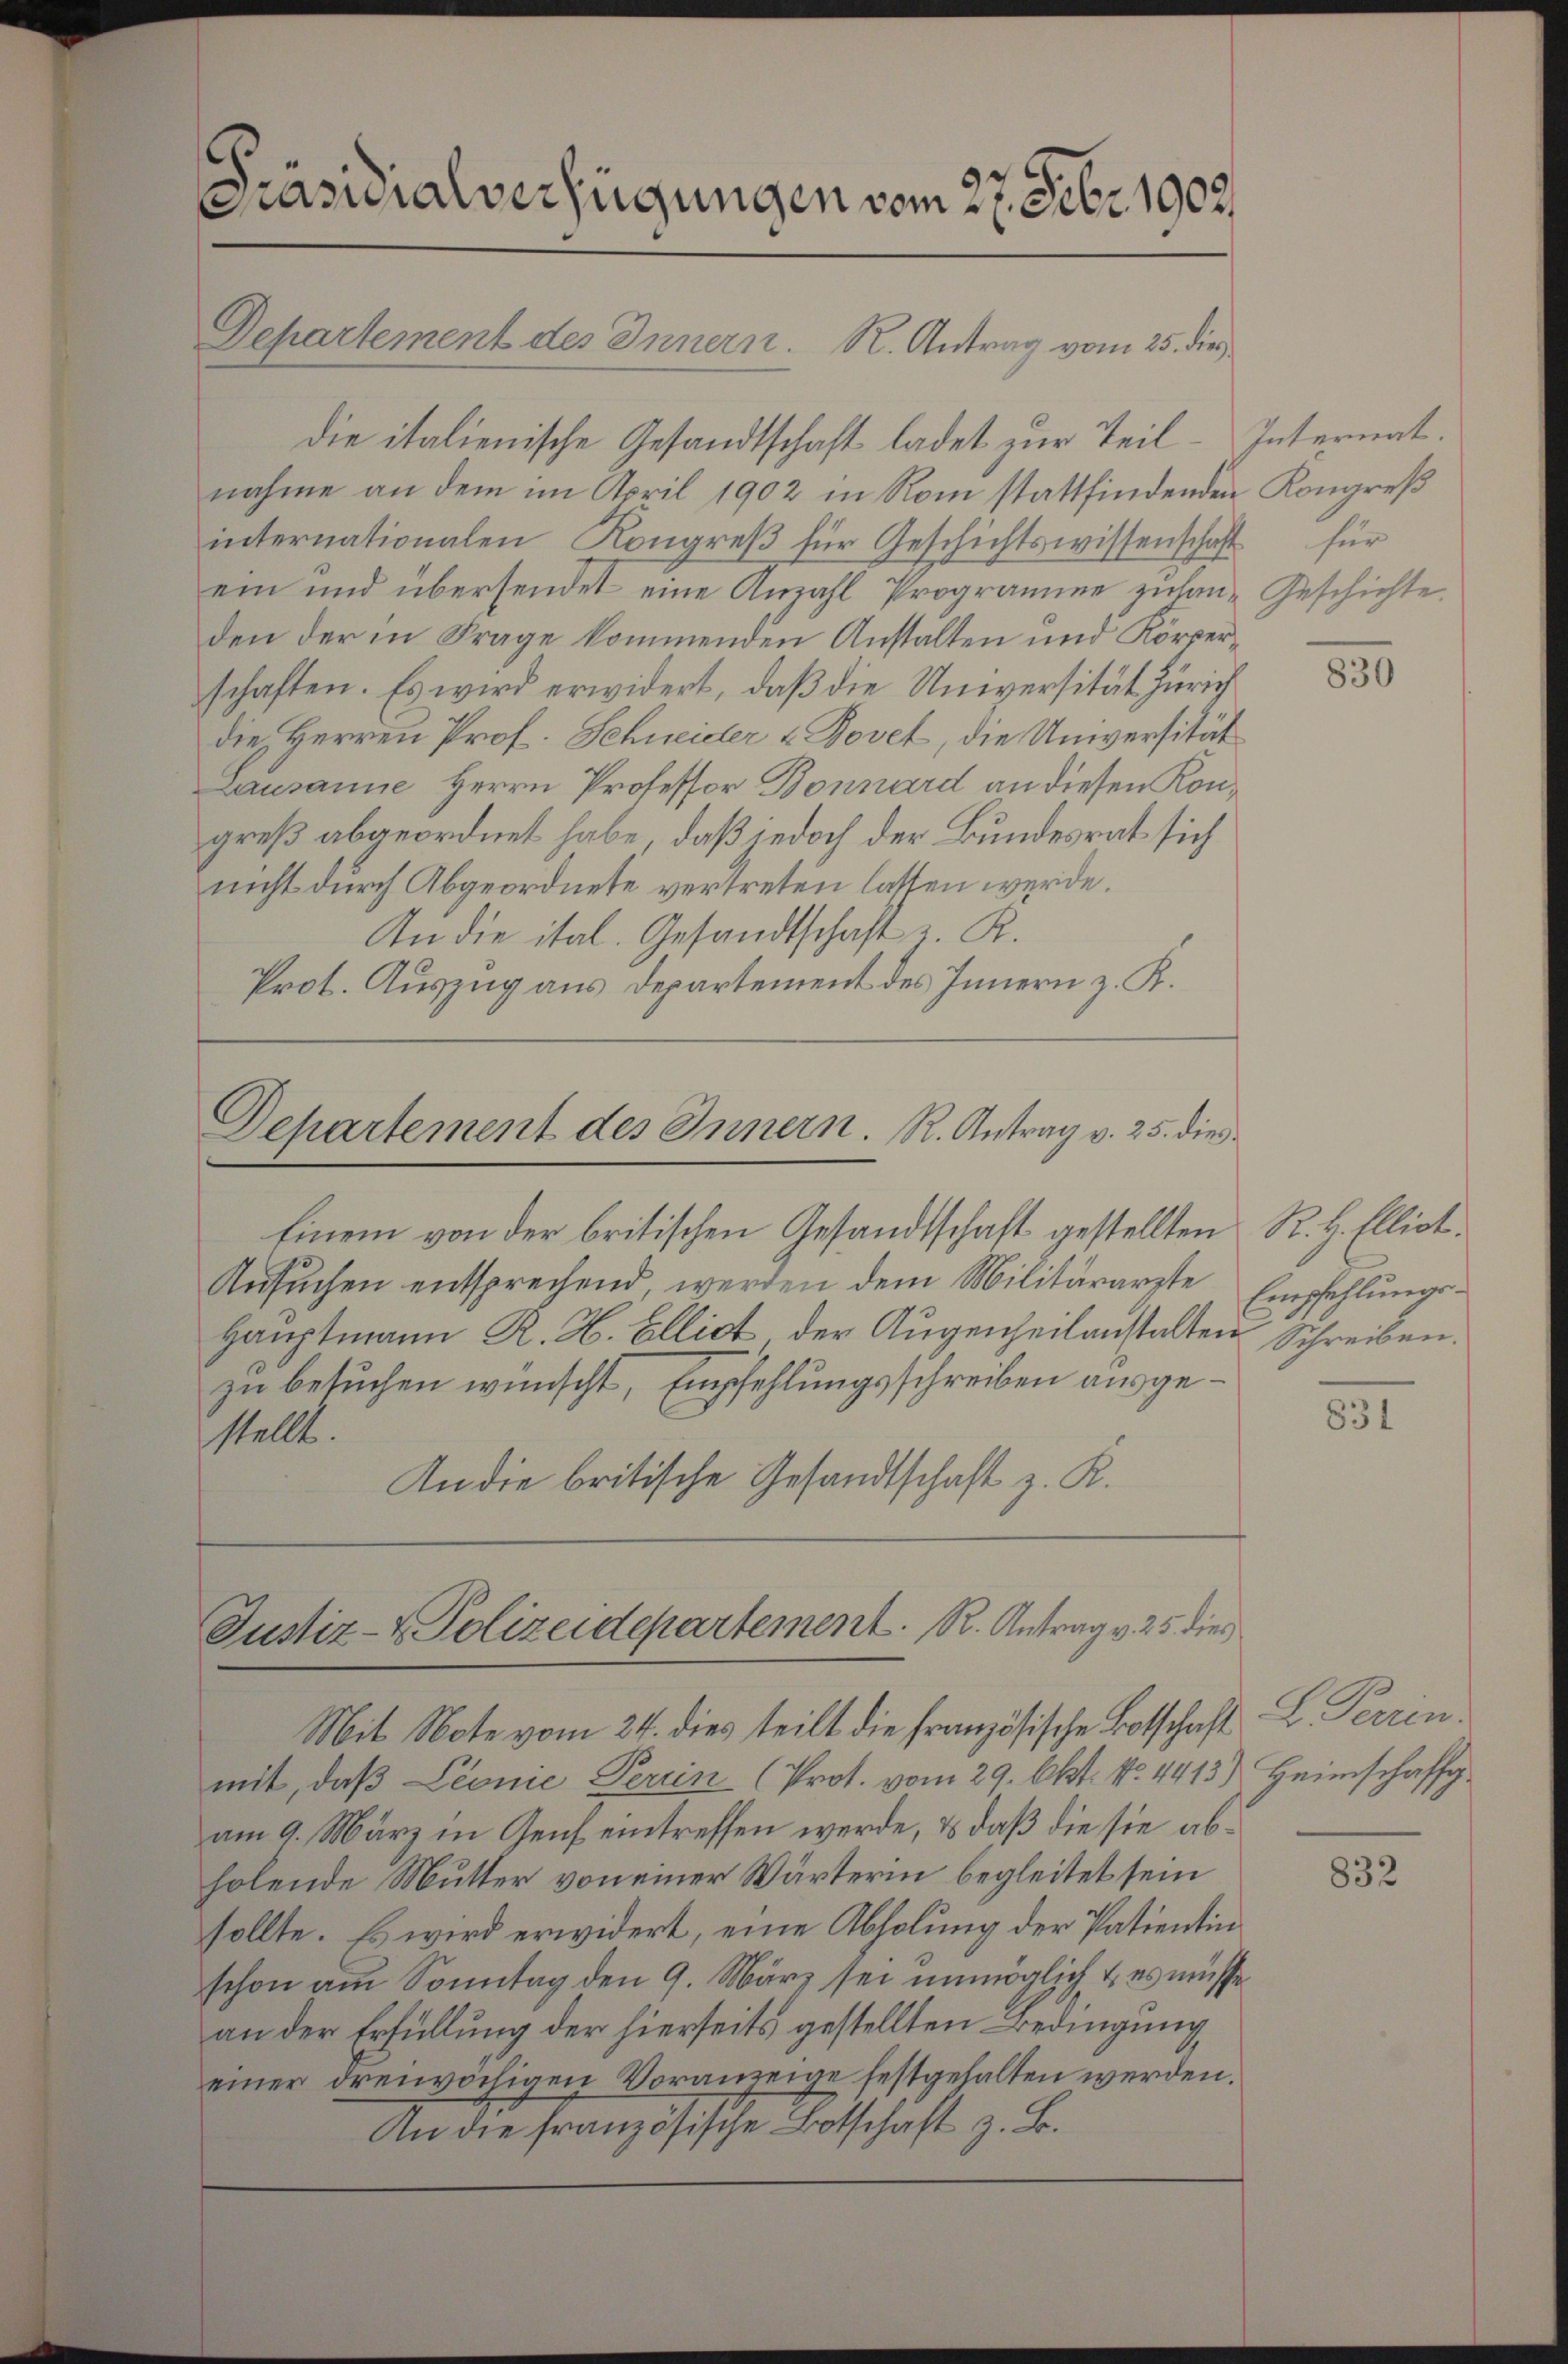
Präsidialverfügungen vom 27. Febr. 1902.

Departement des Innern. R. Antrag vom 25. die
die italienische Gesandtschaft ladet zur Teil-Internat.
nahme an dem im April 1902 in Rom stattfindenden Kongreß
internationalen Kongreβ für Geschichtswissenschaft für
ein und übersendet eine Anzahl Programme zulan- Geschichte
den der in Frage kommenden Anstalten und Körperschaften. Es wird erwidert, daß die Universität Zürich
die Herren Prof. Schneider & Bovet, die Universität
Lausanne Herrn Professor Bonnard an diesen Kongreß abgeordnet habe, daß jedoch der Bundesrat sich
nicht durch Abgeordnete vertreten lassen werde.
An die ital. Gesandtschaft z. K.
Prot. Auszug aus Departement des Innern z. K.

Departement des Innern. R. Antrag v. 25. dies
Einem von der britischen Gesandtschaft gestellten R. H. Ellict.

Ansŭchen entsprechend werden dem Militärarzte Empfehlŭngs-
Hauptmann R. H. Ellict der Augenheilanstalten Schreiben.
zu besuchen wünscht, Empfehlungsschreiben ausgestellt.
An die britische Gesandtschaft z. K.

Justiz- & Polizeidepartement. R. Antrag v. 25 dies

Mit Note vom 24. dies teilt die französische Botschaft
mit, daß Leonie Perrin (Prot. vom 29. Okt. No. 4413)
am 9. März in Genf eintreffen werde, & daß die sie abholende Mutter von einer Wärterin begleitet sein
sollte. Es wird erwidert, eine Abholung der Patientin
schon am Sonntag den 9. März sei unmöglich & es müsse
an der Erfüllung der hierseits gestellten Bedingung
einer dreiwoiligen Voranzeige festgehalten werden.
An die französische Botschaft z. B.

830

831

L. Prin
Heimschaffg

832